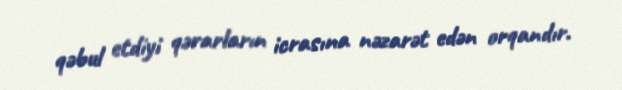
qəbul etdiyi qərarların icrasına nəzarət edən orqandır.